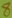
Text: 8